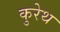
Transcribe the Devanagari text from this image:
कुरेथ